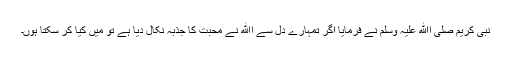
نبی کریم صلی اﷲ علیہ وسلم نے فرمایا اگر تمہارے دل سے اﷲ نے محبت کا جذبہ نکال دیا ہے تو میں کیا کر سکتا ہوں۔